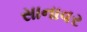
સાનાવર